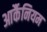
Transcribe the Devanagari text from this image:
आर्कैनियम